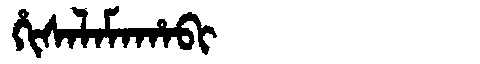
Manchu: ᡥᡳᠰᠠᠯᠠᠮᠠᡥᠠᠪᡳ
Romanization: HISALAMAHABI